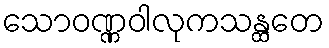
သောဝဏ္ဏဝါလုကသန္ထတေ